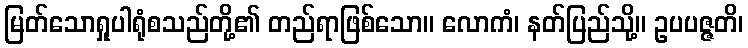
မြတ်သောရှုပါရုံစသည်တို့၏ တည်ရာဖြစ်သော။ လောကံ၊ နတ်ပြည်သို့။ ဥပပဇ္ဇတိ၊